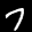
Label: 7